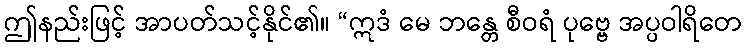
ဤနည်းဖြင့် အာပတ်သင့်နိုင်၏။ “ဣဒံ မေ ဘန္တေ စီဝရံ ပုဗ္ဗေ အပ္ပဝါရိတေ